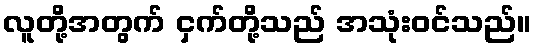
လူတို့အတွက် ငှက်တို့သည် အသုံးဝင်သည်။